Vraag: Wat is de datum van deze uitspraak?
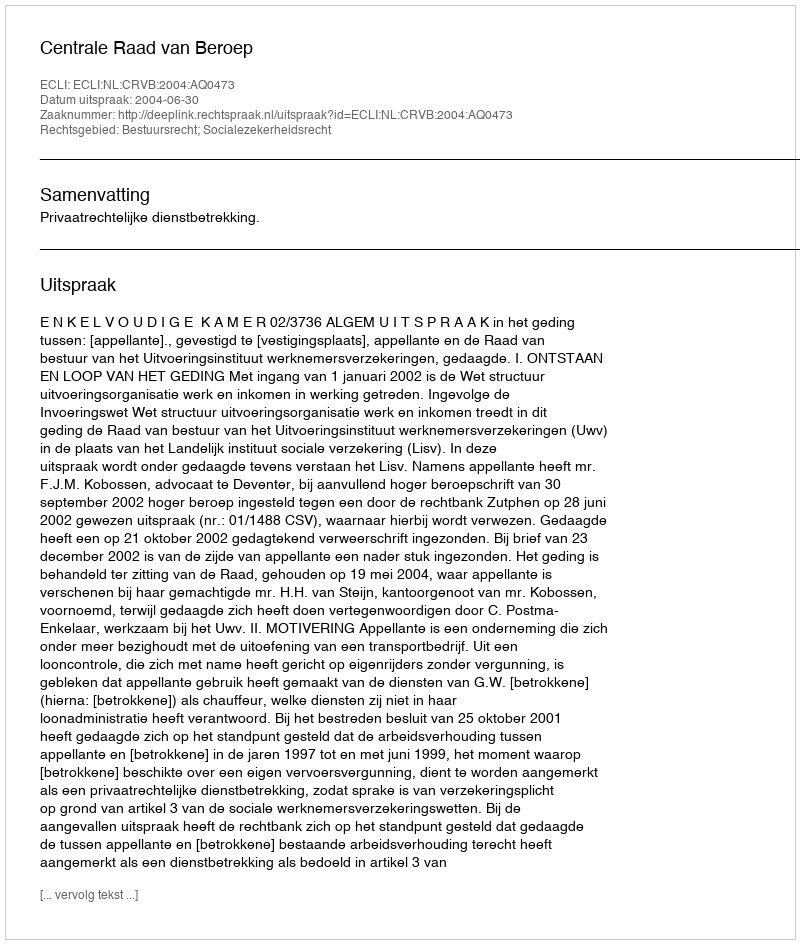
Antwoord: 2004-06-30